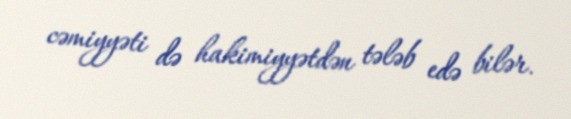
cəmiyyəti də hakimiyyətdən tələb edə bilər.